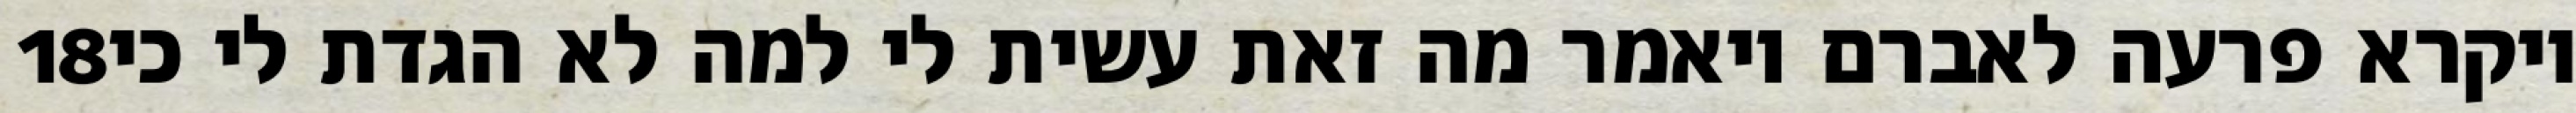
‎18‏ ויקרא פרעה לאברם ויאמר מה זאת עשית לי למה לא הגדת לי כי